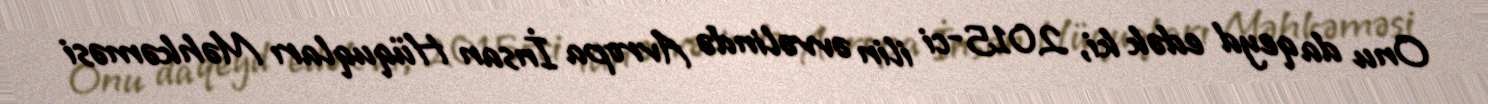
Onu da qeyd edək ki, 2015-ci ilin əvvəlində Avropa İnsan Hüquqları Məhkəməsi